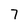
Character: 7